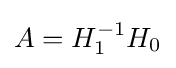
A=H_{1}^{-1}H_{0}